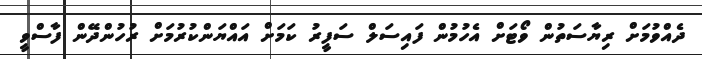
ދެއްވުމަށް ރިޔާސަތުން ވޯޓަށް އެހުމުން ފައިސަލް ސަފީރު ކަމަށް އައްޔަންކުރުމަށް ރުހުންދޭން ފާސްވީ